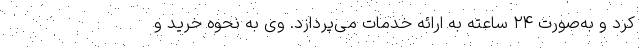
کرد و به‌صورت ۲۴ ساعته به ارائه خدمات می‌پردازد. وی به نحوه خرید و